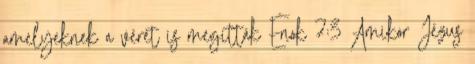
amelyeknek a vérét is megitták Énok 7:3 Amikor Jézus